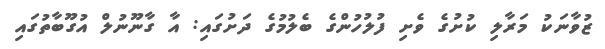
ޒުވާނަކު މަރާލި ކުށުގެ ވެށި ފުލުހުންގެ ބެލުމުގެ ދަށުގައި: އާ ގާނޫނުލް އުގޫބާތުގައި